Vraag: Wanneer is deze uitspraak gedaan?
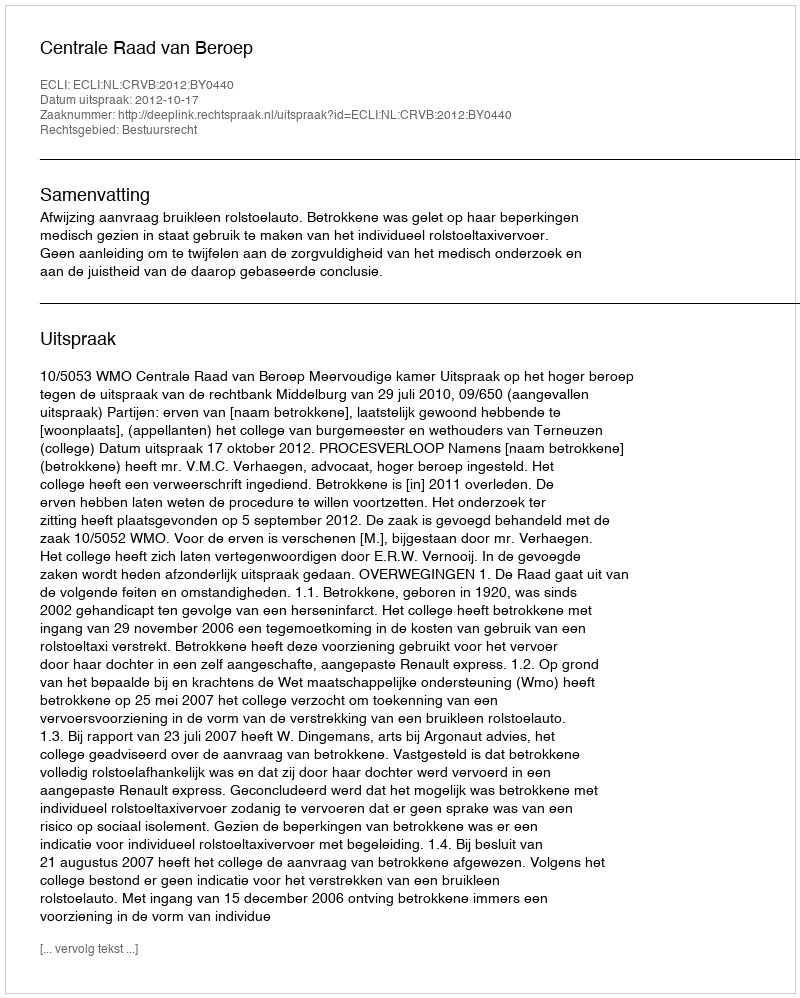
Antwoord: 2012-10-17